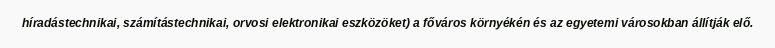
híradástechnikai, számítástechnikai, orvosi elektronikai eszközöket) a főváros környékén és az egyetemi városokban állítják elő.